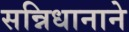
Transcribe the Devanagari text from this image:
सन्निधानाने